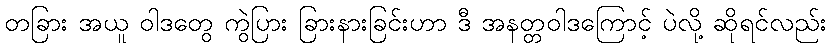
တခြား အယူ ဝါဒတွေ ကွဲပြား ခြားနားခြင်းဟာ ဒီ အနတ္တဝါဒကြောင့် ပဲလို့ ဆိုရင်လည်း